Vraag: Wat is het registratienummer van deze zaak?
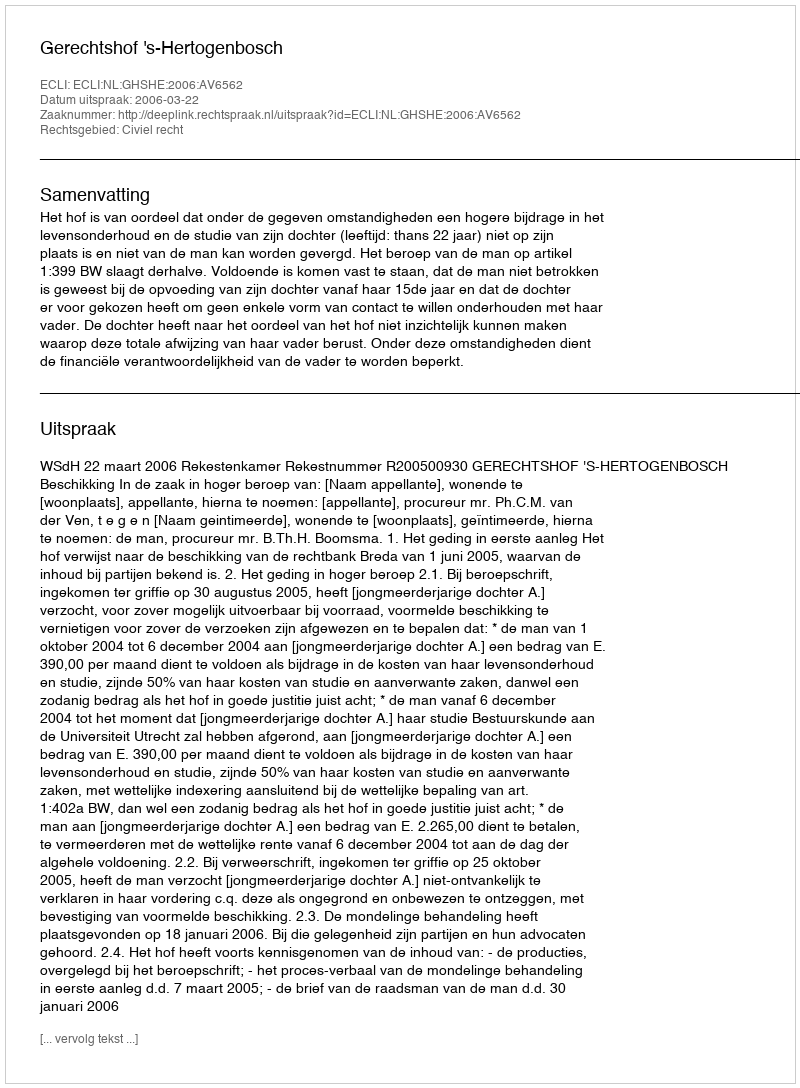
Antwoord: http://deeplink.rechtspraak.nl/uitspraak?id=ECLI:NL:GHSHE:2006:AV6562